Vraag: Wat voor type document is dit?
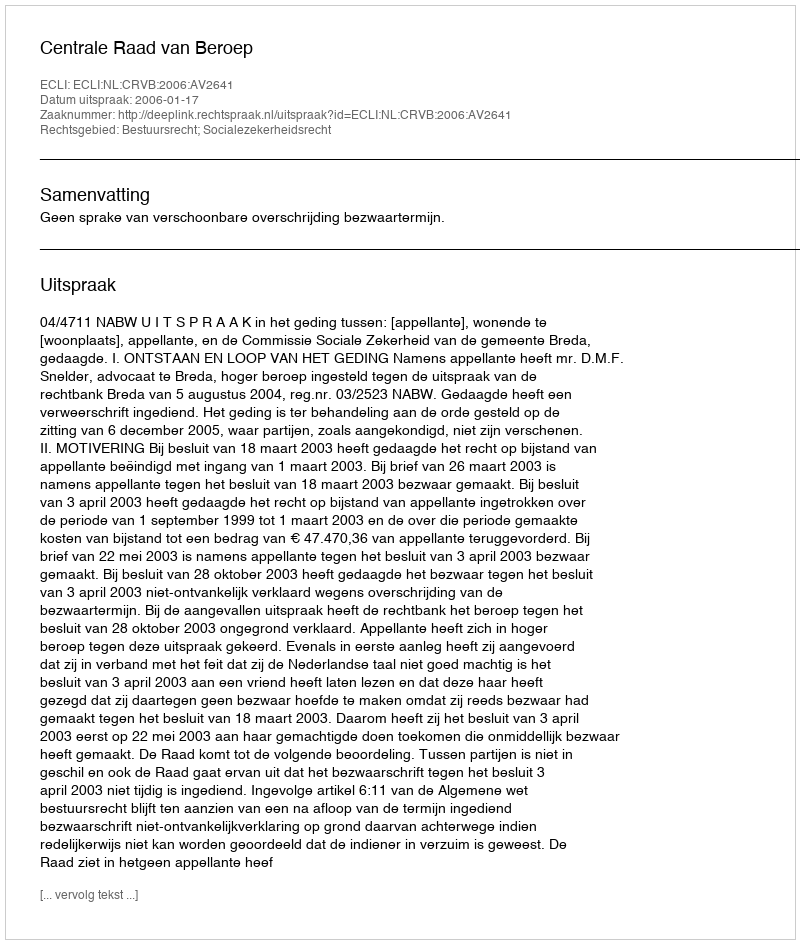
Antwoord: Uitspraak